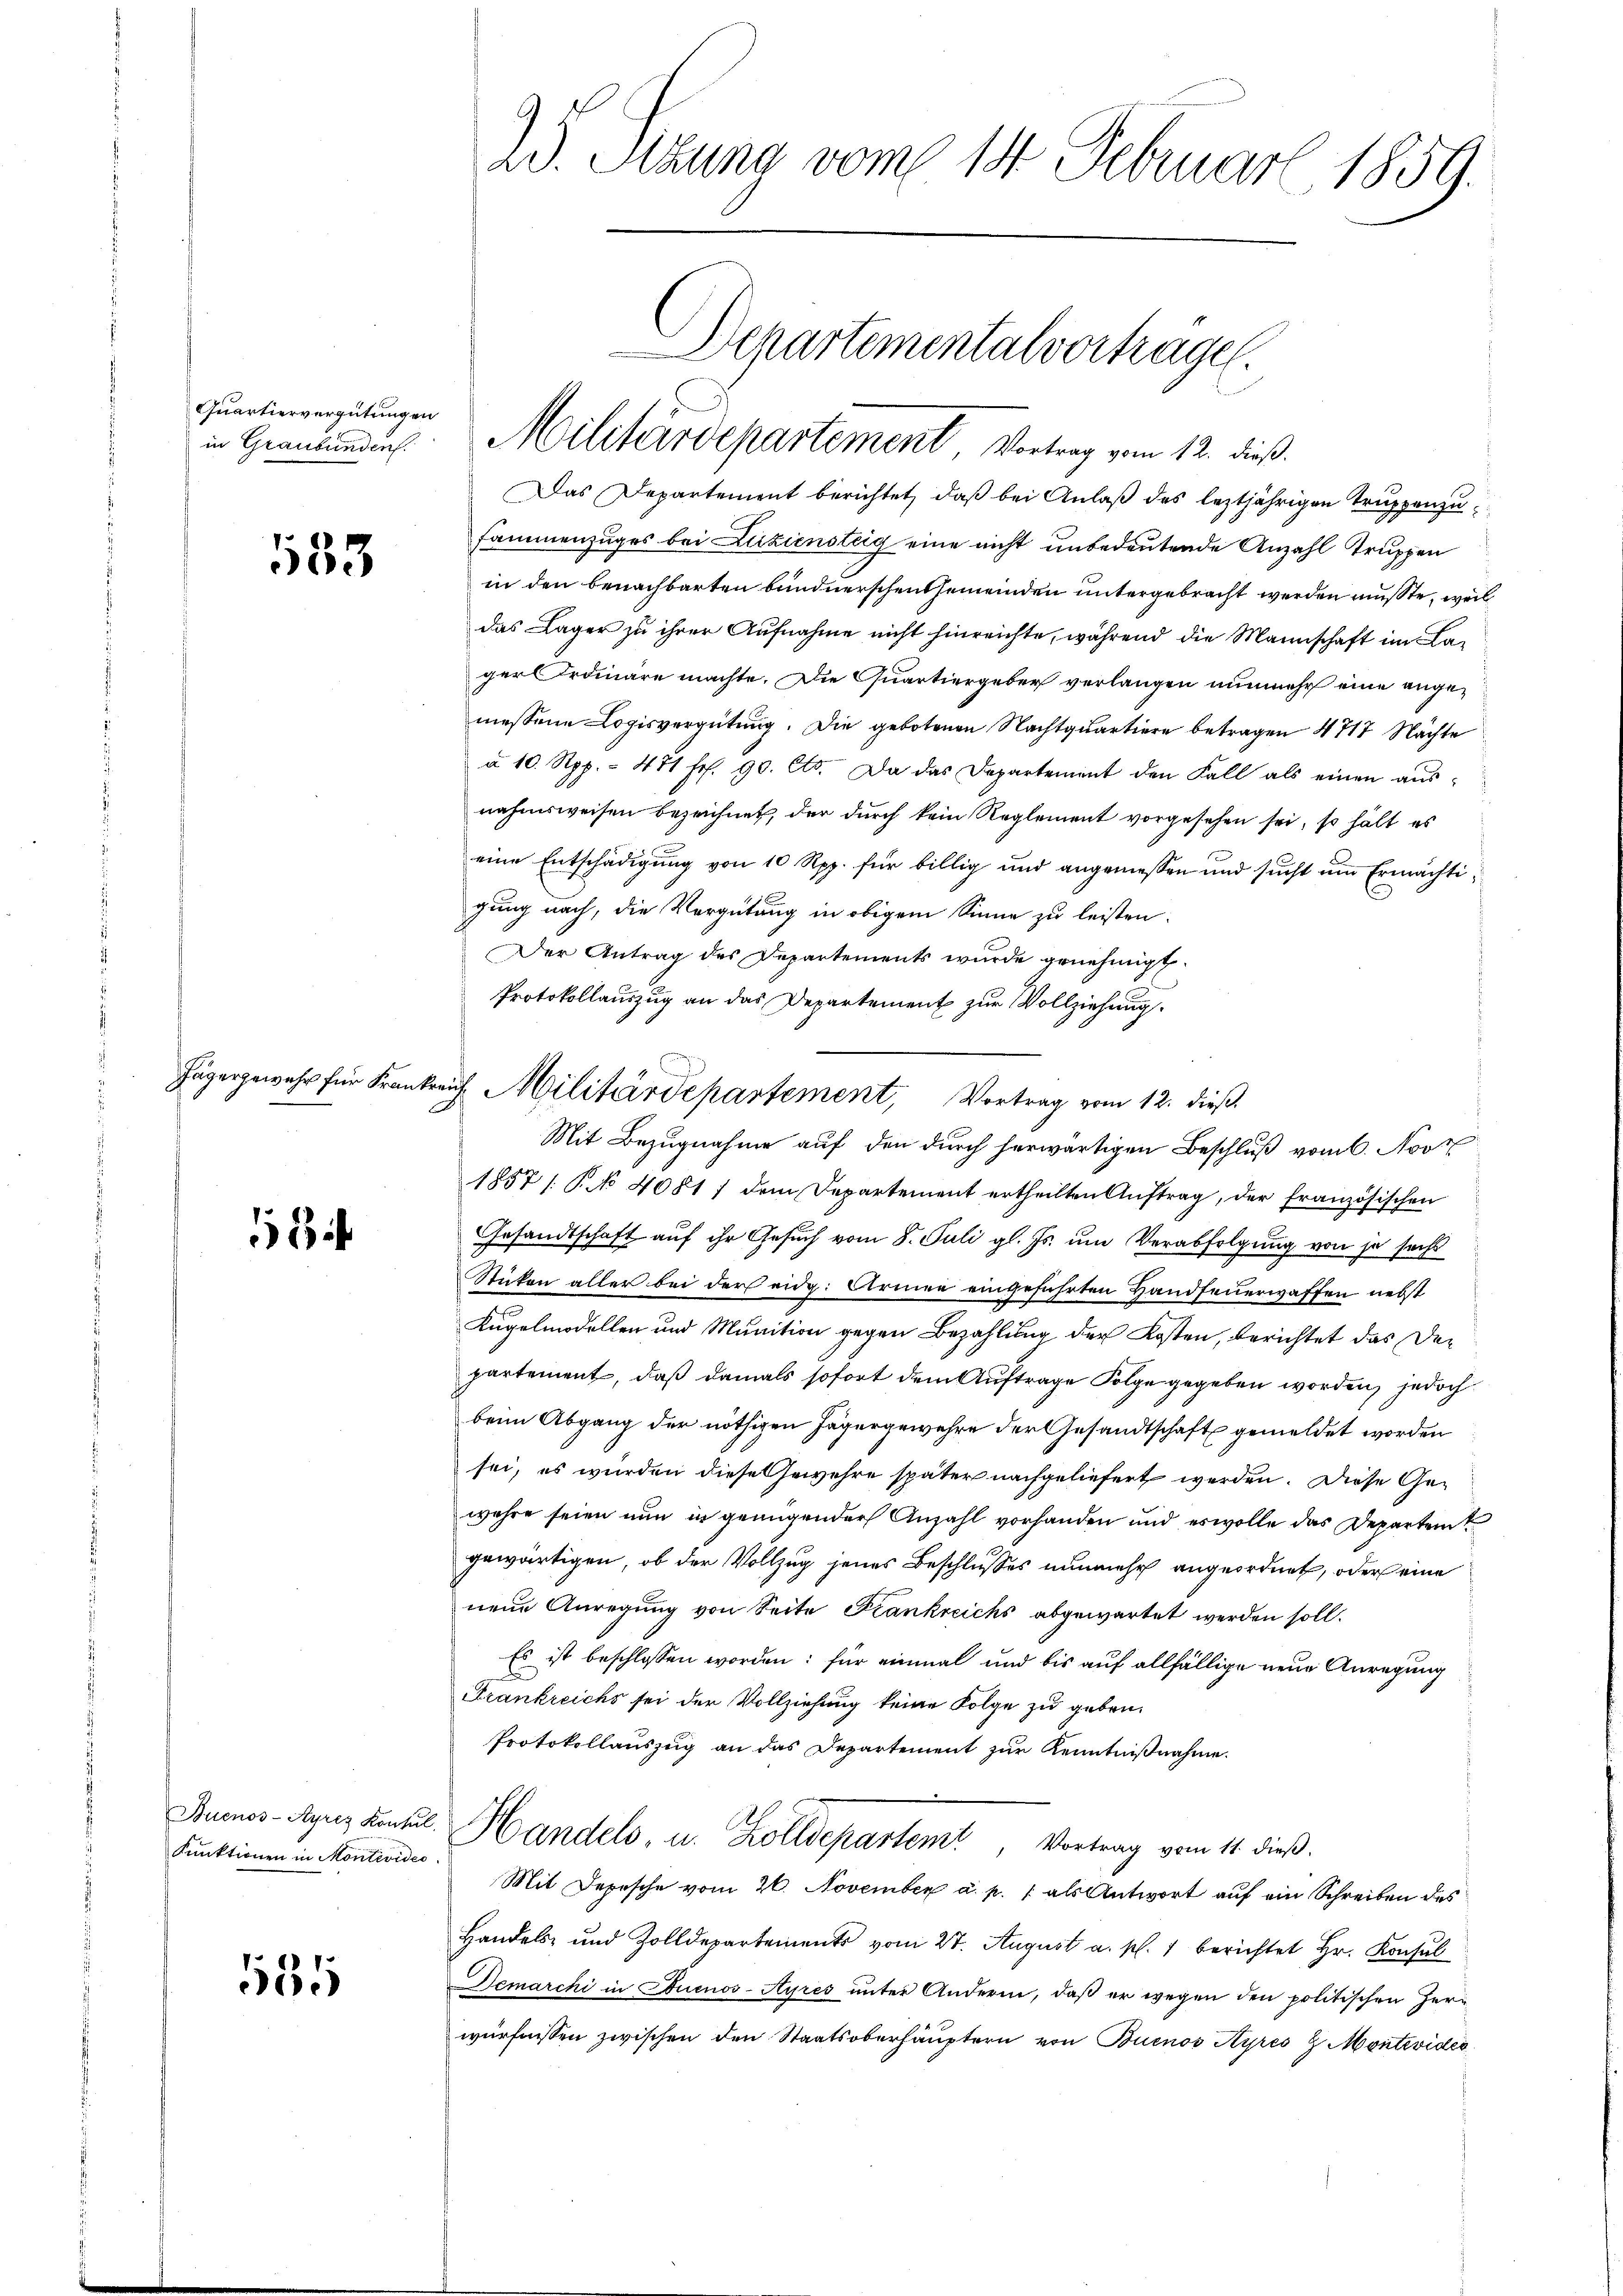
Quartiervergütungen
in Graubünden.

153

1

Buenos-Ayres Konsul
Funktionen in Montevideo

585

2. Stzung vom 14. Februar 1859.

Das Departement berichtet, daß bei Anlaß des leztjährigen Truppenzusammenzuges bei Zuziensteig eine nicht unbedeutende Anzahl Truppen
in den benachbarten bundnerschen Gemeinden untergebracht werden mußte, weil
das Lager zu ihrer Aufnahme nicht hinreichte, während die Mannschaft im Lager Ordinare machte. Die Quartiergeber verlangen nunmehr eine angemessene Logisvergütung. Die gebotenen Nachtquartiere betragen 4 717 Nachte
à 10. Rpp. - 481 fr. 90. Cts. Da das Departement den Fall als einen ausnahmsweisen bezeichnet, der durch kein Reglement vorgesehen sei, so hält es
eine Entschädigung von 10 Rpp. für billig und angemessen und sucht um Ermächtigung nach, die Vergütung in obigem Sinne zu leisten.
Der Antrag des Departements wurde genehmigt.
Protokollauszug an das Departement zur Vollziehung.
Mit Bezugnahme auf den durch herwärtigen Beschlŭβ vom 6. Nov
1857 / P. No 4081 / dem Departement ertheilten Auftrag, der französischen
Gesandtschaft auf ihr Gesuch vom 8. Juli gl. Js. um Verabfolgung von je sechs
Stikon aller bei der eidg. Armee eingeführten Handfeuerwaffen nebst
Kugelmodellen und Munition gegen Bezahlung der Kosten, berichtet das Departement, daß damals sofort dem Auftrage Folge gegeben worden, jedoch
beim Abgang der nöthigen Jägergewehre der Gesandtschaft gemeldet worden
sei, es wurden diese Gewehre später nachgeliefert werden. Diese Gewehre seien nun in genügender Anzahl vorhanden und es wolle das Departen
gewärtigen, ob der Vollzug jenes Beschlusses nunmehr angeordnet, oder eine
nene Anregung von Seite Frankreichs abgewartet werden soll.
Es ist beschlossen worden: für einmal und bis auf allfällige neue Anregung
Frankreichs sei der Vollziehung keine Folge zu geben.
Protokollauszug an das Departement zur Kenntnißnahme.
Handels, u. Zolldepartem Vortrag vom 11. dieß.
Mit Depesche vom 20. November a. p. / als Antwort auf ein Schreiben des
Handels- und Zolldepartements vom 27. August a. p. 1 berichtet Hr. Konsul
Demarchi in Buenos-Ayres unter Andere, daß er wegen den politischen Herwürfnissen zwischen den Staatsoberhäuptern von Buenos Ayres 2 Montevider

Militärdepartement Vortrag vom 12. dieß.

Jäger gewehr für Frankreis Militärdepartement, Vortrag vom 12. dieß.

Departementalvortragen.